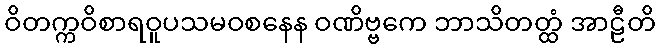
ဝိတက္ကဝိစာရဝူပသမဝစနေန ဝဏိဗ္ဗကေ ဘာသိတတ္ထံ အာဠီတိ